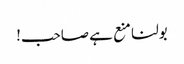
بولنا منع ہے صاحب!